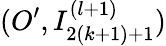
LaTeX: (O^{\prime},I_{2(k+1)+1}^{(l+1)})